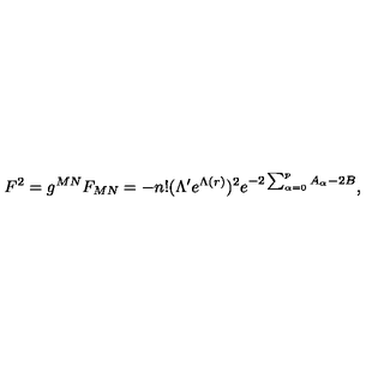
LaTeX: F ^ { 2 } = g ^ { M N } F _ { M N } = - n ! ( \Lambda ^ { \prime } e ^ { \Lambda ( r ) } ) ^ { 2 } e ^ { - 2 \sum _ { \alpha = 0 } ^ { p } A _ { \alpha } - 2 B } ,